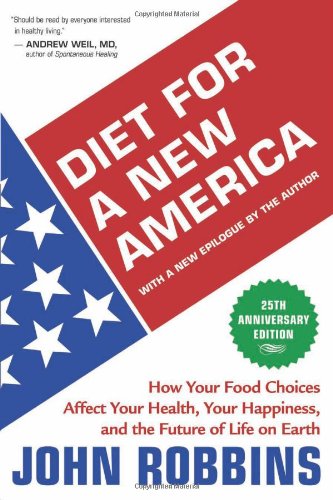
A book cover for Diet for a New America: How Your Food Choices Affect Your Health, Happiness and the Future of Life on Earth Second Edition; John Robbins; Science & Math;